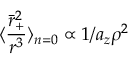
\langle \frac { \bar { r } _ { + } ^ { 2 } } { r ^ { 3 } } \rangle _ { n = 0 } \propto 1 / a _ { z } \rho ^ { 2 }